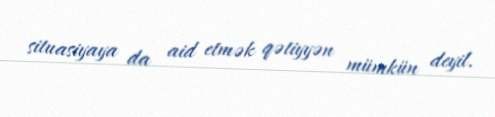
situasiyaya da aid etmək qətiyyən mümkün deyil.